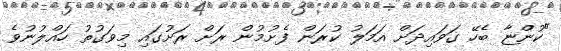
"ކުންޏާ ބެހޭ ގަވައިދަށް އަމަލު ކުރަން ފެށުމުން ރަށް ރަށުގައި މިވަގުތު ހައްލުނުވެ